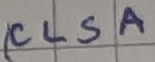
Text: CLSA